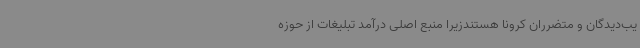
یب‌دیدگان و متضرران کرونا هستندزیرا منبع اصلی درآمد تبلیغات از حوزه